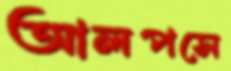
আলপসে